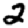
Digit: 2